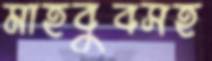
মাহবুবসহ